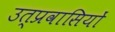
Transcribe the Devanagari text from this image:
उत्प्रवासियों